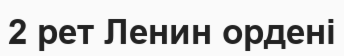
2 рет Ленин ордені